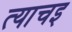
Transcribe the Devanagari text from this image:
त्याचइ